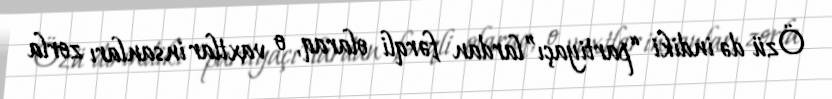
Özü də indiki “partiyaçı”lardan fərqli olaraq, o vaxtlar insanları zorla